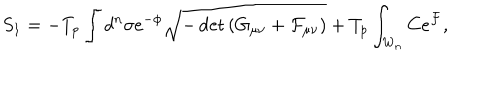
S _ { 1 } = - T _ { p } \int d ^ { n } \sigma e ^ { - \phi } \sqrt { - \det { \left( G _ { \mu \nu } + { \cal F } _ { \mu \nu } \right) } } + T _ { p } \int _ { W _ { n } } C e ^ { \cal F } ,